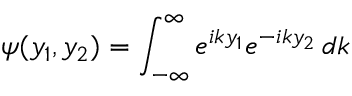
\psi ( y _ { 1 } , y _ { 2 } ) = \int _ { - \infty } ^ { \infty } e ^ { i k y _ { 1 } } e ^ { - i k y _ { 2 } } \, d k